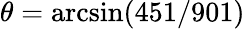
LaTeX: \theta=\arcsin(451/901)